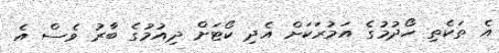
އެ ތަކެތި ހޯދުމުގެ އަމުރަކަށް އެދި ކޯޓަށް ދިއުމުގެ ބާރު ވެސް އެ